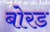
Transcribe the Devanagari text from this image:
बोरड